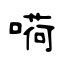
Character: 嗬